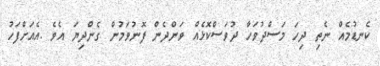
ކެނޑުމެއް ނެތި ދިހަ މަސްދުވަހާ ދުވަސްކޮޅެއް ވަންދެން ފޮނުވަމުން ގެންދިޔަ އެވެ .އެއަށްފަހު